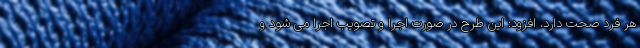
هر فرد صحت دارد، افزود: این طرح در صورت اجرا و تصویب اجرا می شود و